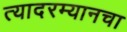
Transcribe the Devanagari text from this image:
त्यादरम्यानचा